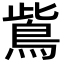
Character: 鴜